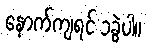
နောက်ကျရင် ၁ခွဲပါ။